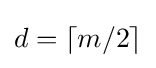
d=\left\lceil m/2\right\rceil